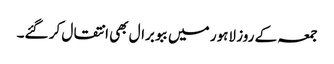
جمعہ کے روز لاہور میں ببو برال بھی انتقال کر گئے۔